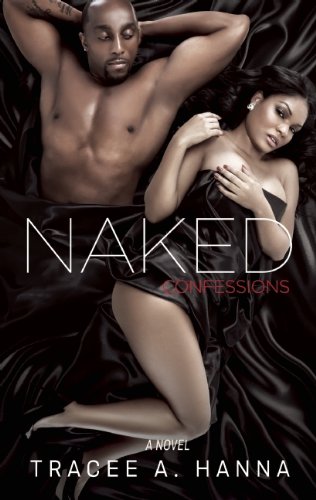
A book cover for Naked Confessions; Tracee A Hanna; Romance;